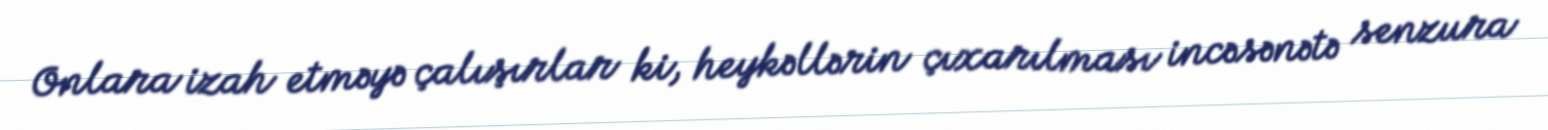
Onlara izah etməyə çalışırlar ki, heykəllərin çıxarılması incəsənətə senzura